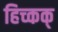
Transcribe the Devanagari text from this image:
हिच्कक्